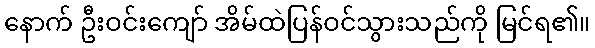
နောက် ဦးဝင်းကျော် အိမ်ထဲပြန်ဝင်သွားသည်ကို မြင်ရ၏။